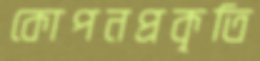
কোপনপ্রকৃতি